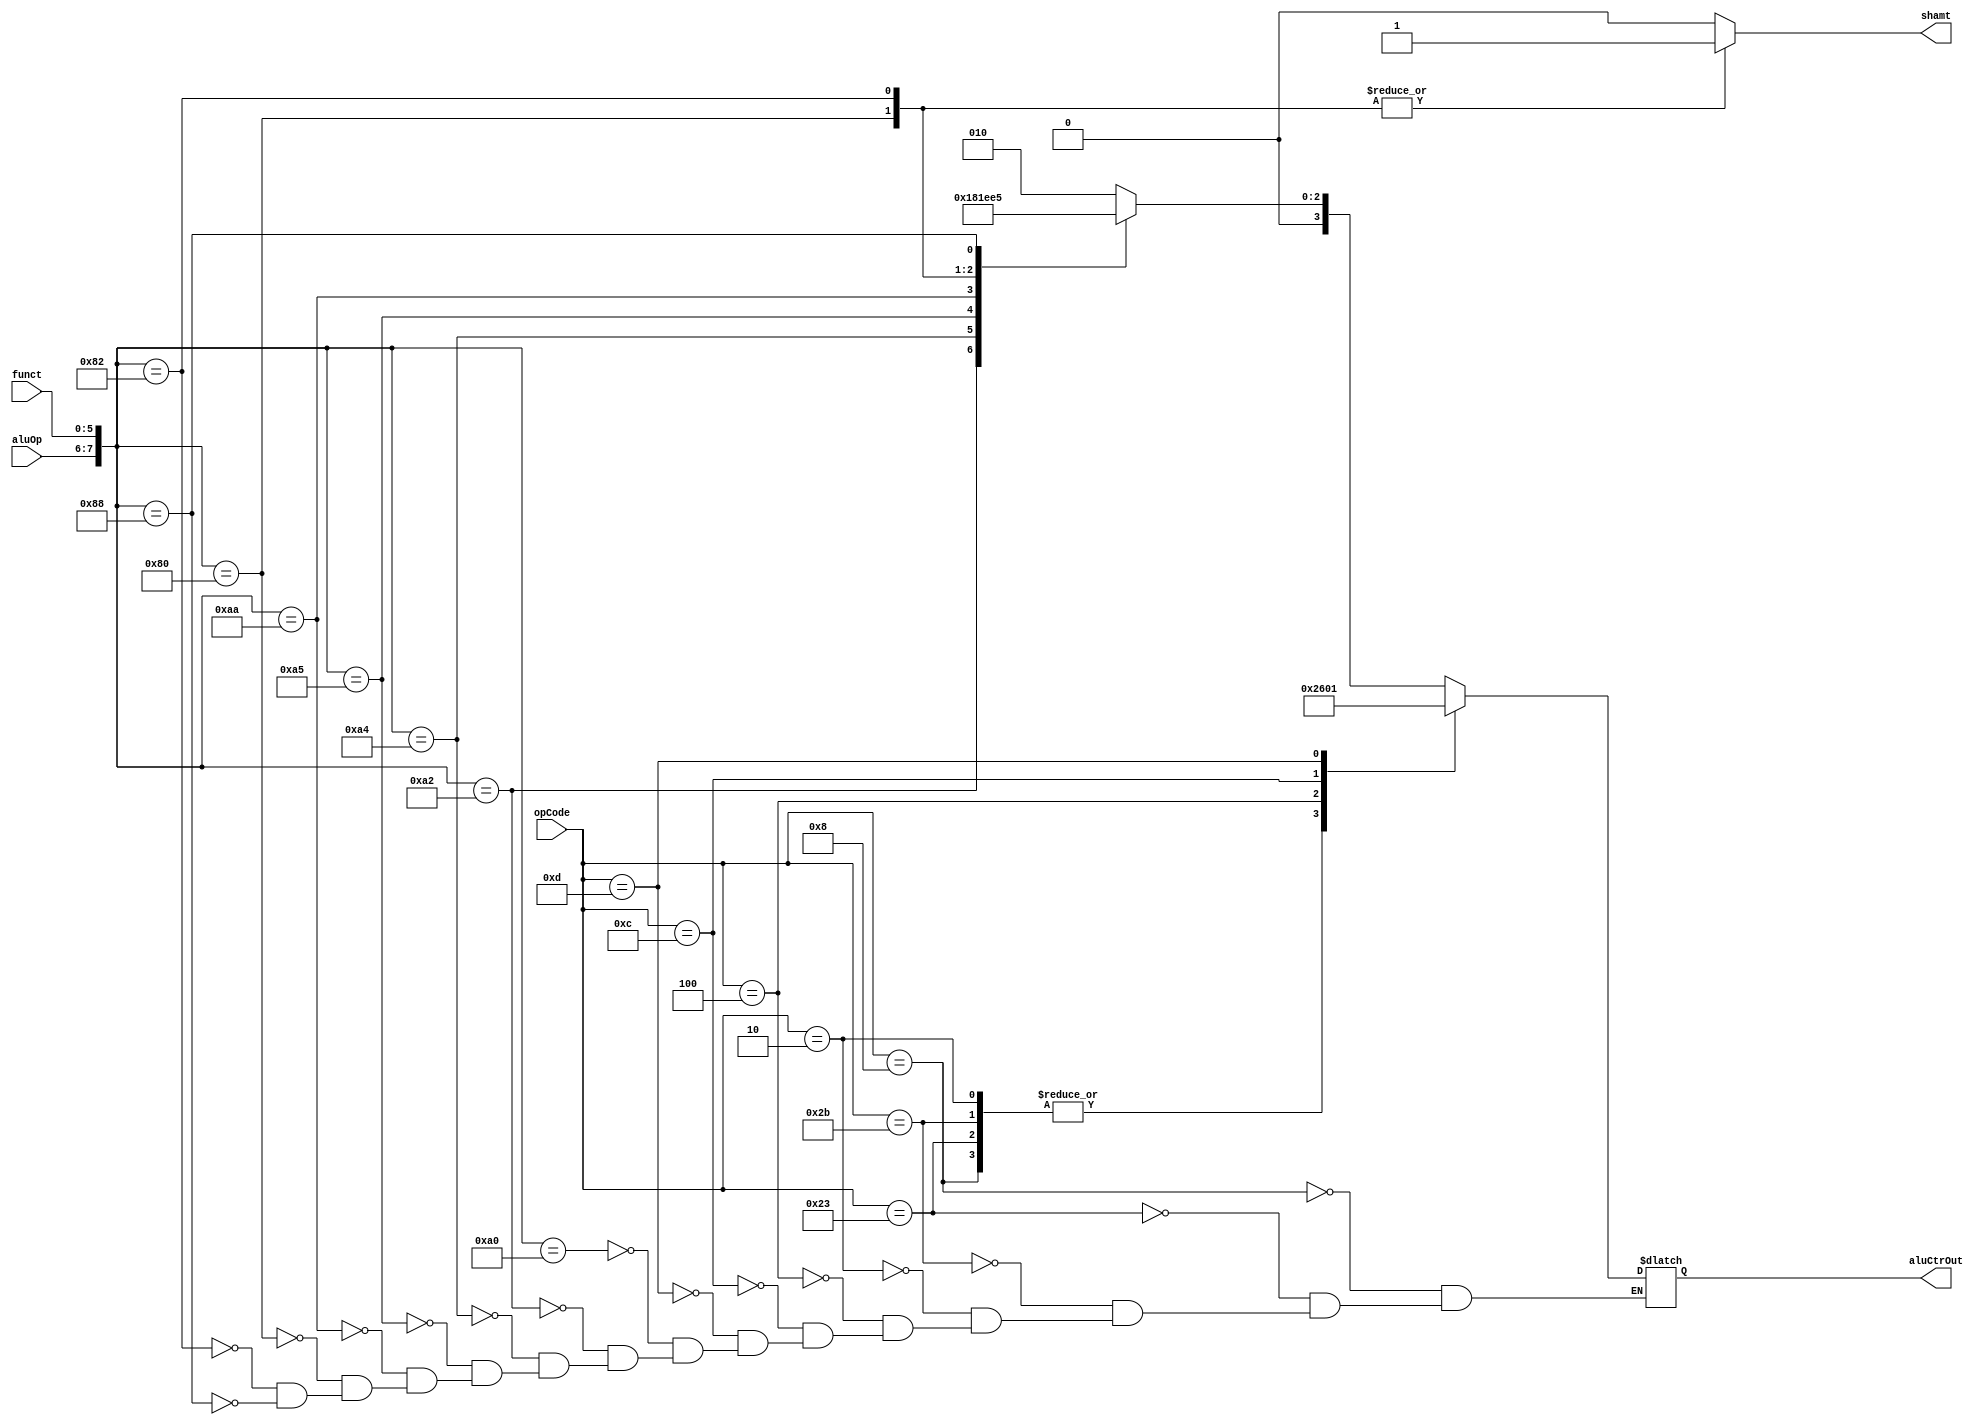
`timescale 1ns / 1ps
//////////////////////////////////////////////////////////////////////////////////
// Company: 
// Engineer: 
// 
// Design Name: 
// Module Name: ALUCtr
// Project Name: 
// Target Devices: 
// Tool Versions: 
// Description: 
// 
// Dependencies: 
// 
// Revision:
// Revision 0.01 - File Created
// Additional Comments:
// 
//////////////////////////////////////////////////////////////////////////////////


module ALUCtr(
    input[5:0] funct,
    input[1:0] aluOp,
    input[5:0] opCode,
    output reg shamt,
    output reg [3:0] aluCtrOut
    );
    always @({aluOp,funct} or opCode) begin
        shamt = 0;
        casex({aluOp,funct})
            //add 2
            8'b10100000: aluCtrOut = 4'b0010;
//            8'b00001000: aluCtrOut = 4'b0010;
//            8'b00100011: aluCtrOut = 4'b0010;
//            8'b00101011: aluCtrOut = 4'b0010;
//            8'b00000010: aluCtrOut = 4'b0010;
            //sub 6
            8'b10100010: aluCtrOut = 4'b0110;
            //8'b01000100: aluCtrOut = 4'b0110;
            //and 0
            8'b10100100: aluCtrOut = 4'b0000;
            //8'b00001100: aluCtrOut = 4'b0000;
            //or 1
            8'b10100101: aluCtrOut = 4'b0001;
            //8'b00001101: aluCtrOut = 4'b0001;
            //slt 7
            8'b10101010: aluCtrOut = 4'b0111;
            //sll 3
            8'b10000000: begin
                aluCtrOut = 4'b0011;
                shamt = 1;
                end
            //srl 4
            8'b10000010: begin
                aluCtrOut = 4'b0100;
                shamt = 1;
                end
            //jr 5    
            8'b10001000: aluCtrOut = 4'b0101;            
        endcase
        
        casex(opCode)
            //add
            6'b001000: aluCtrOut = 4'b0010;
            6'b100011: aluCtrOut = 4'b0010;
            6'b101011: aluCtrOut = 4'b0010;
            6'b000010: aluCtrOut = 4'b0010;
            //sub
            6'b000100: aluCtrOut = 4'b0110;
            //and
            6'b001100: aluCtrOut = 4'b0000;
            //or
            6'b001101: aluCtrOut = 4'b0001;            
        endcase
        
        
        case(aluCtrOut)
            4'b0010: $display("add");
            4'b0110: $display("sub");
            4'b0000: $display("and");
            4'b0001: $display("or");
            4'b0111: $display("slt");
            4'b0011: $display("sll");
            4'b0100: $display("srl");
            4'b0101: $display("jr");
        endcase
    end
endmodule